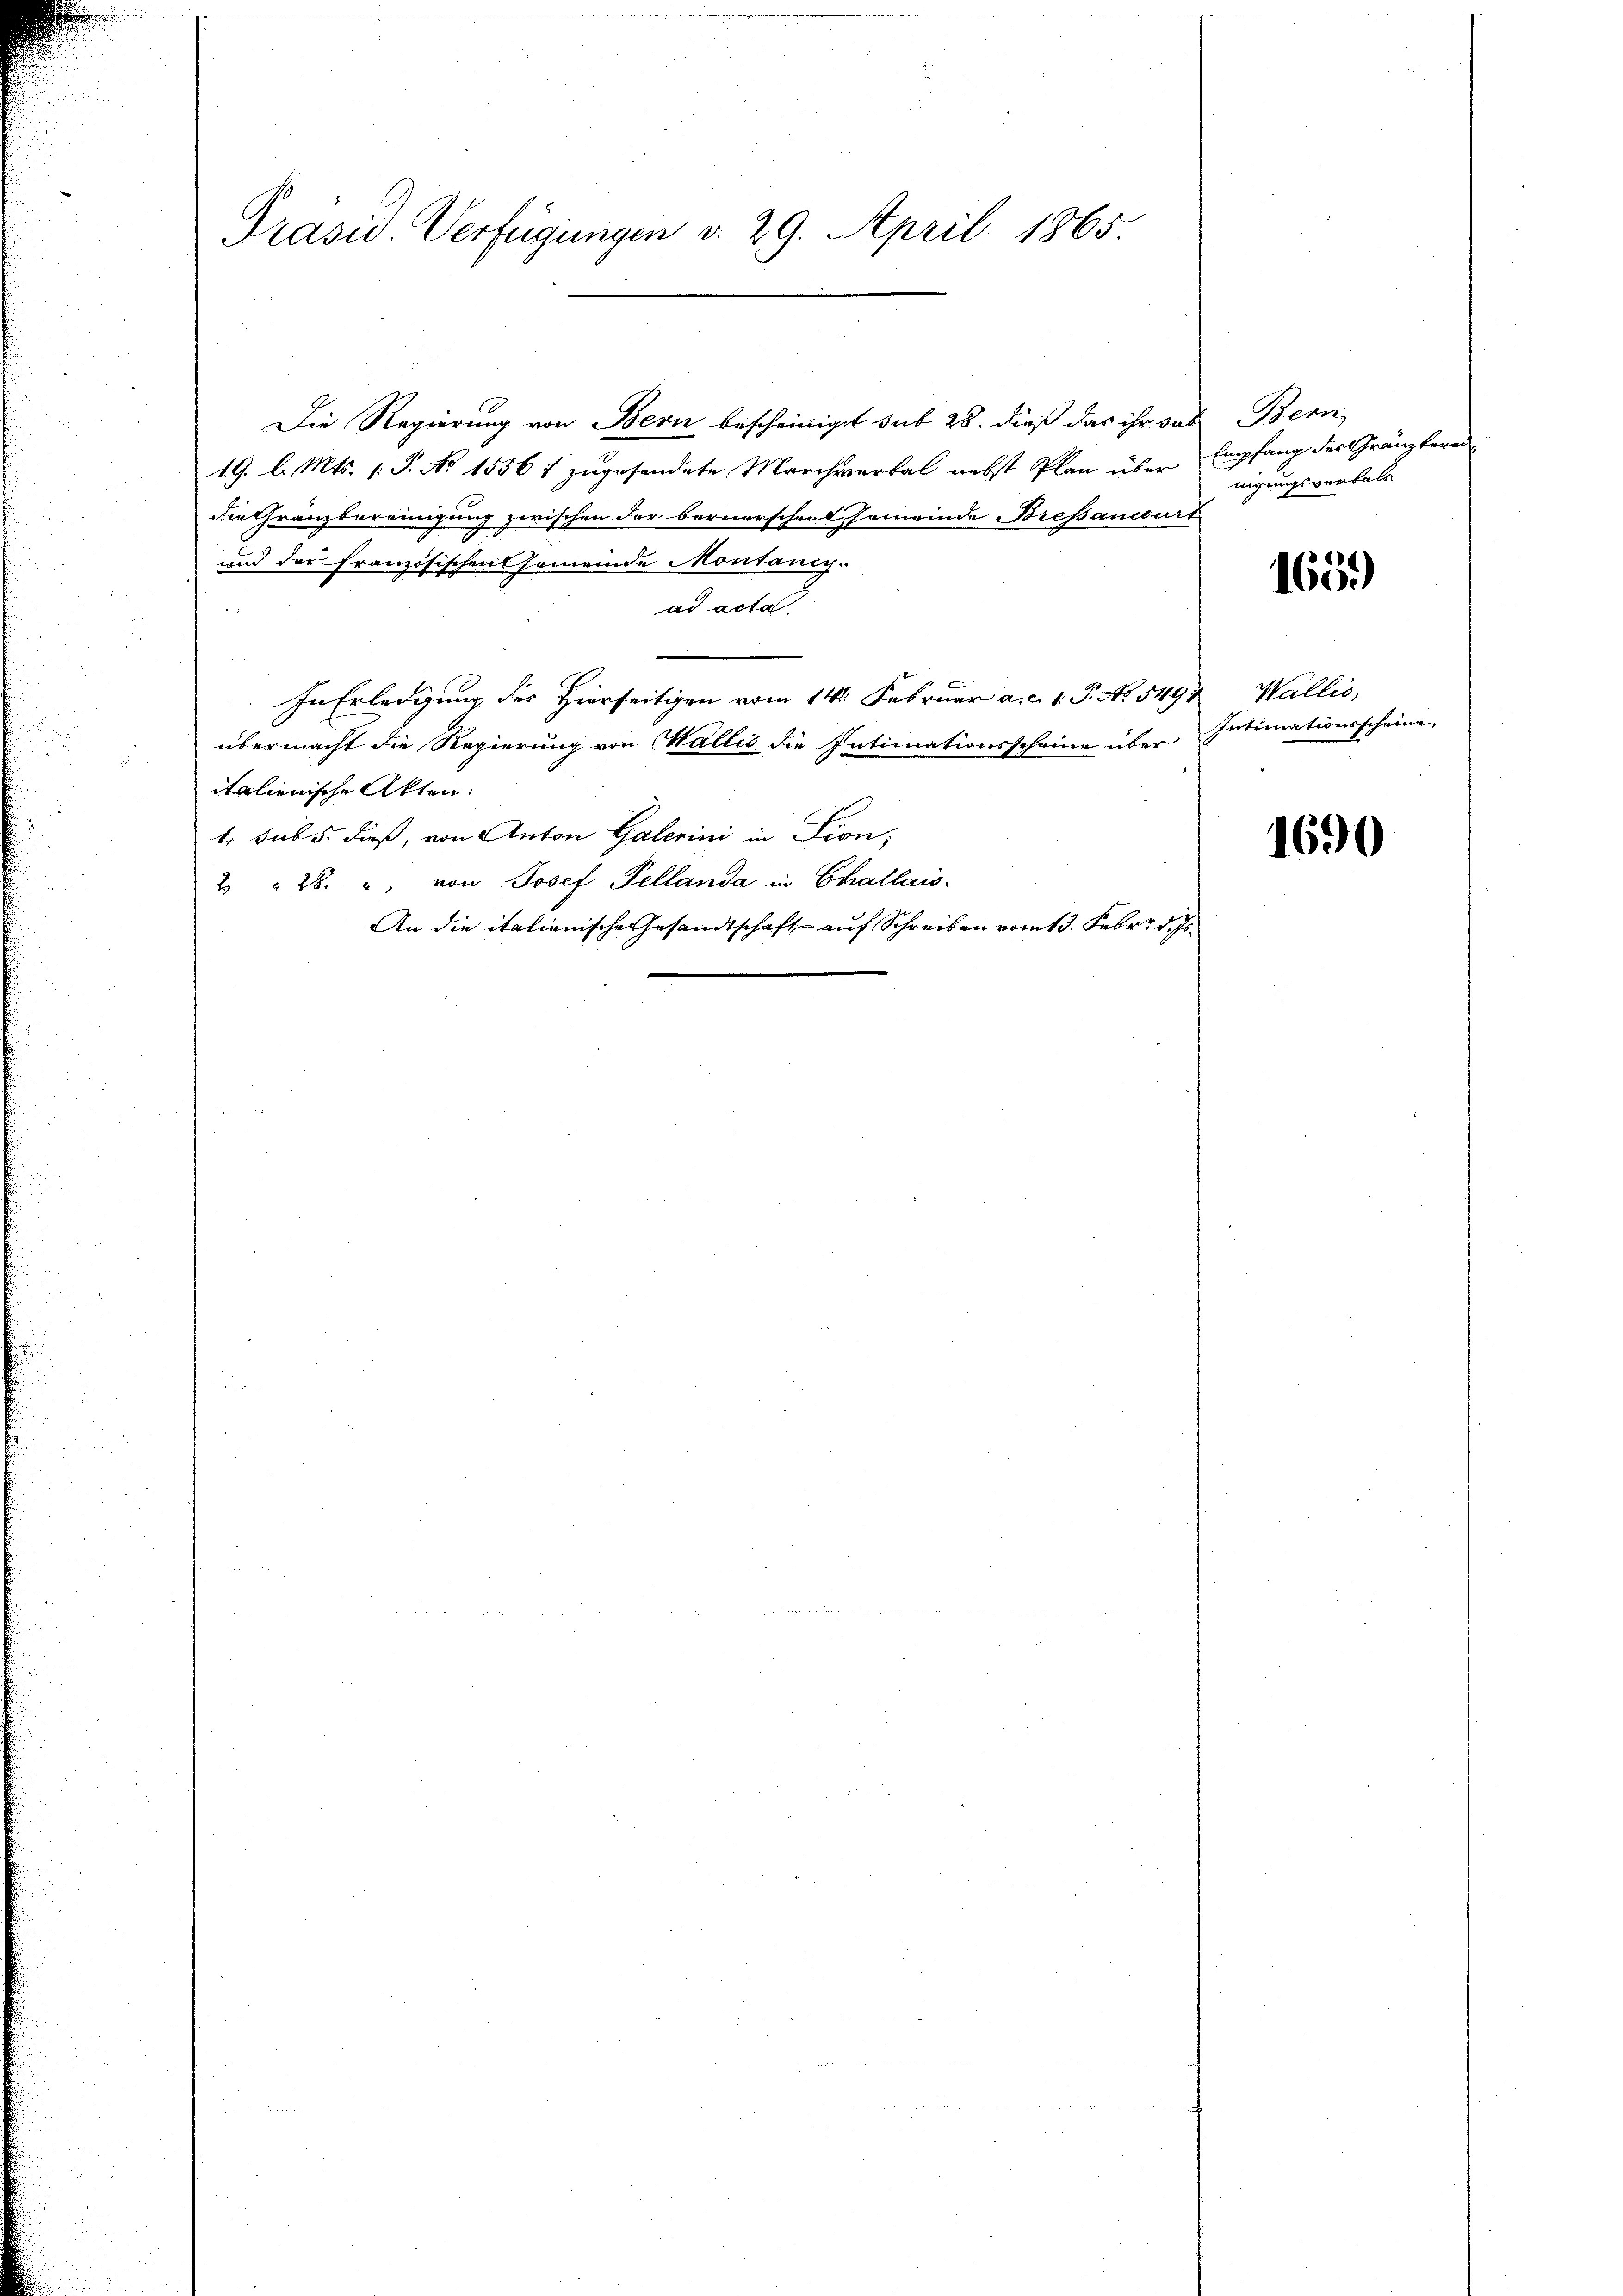
Präsid. Verfügungen v. 29. April 1865.

Die Regierung von Bern bescheinigt sub 28. dieß das ihr das Bern,
19. l. Mts. 1. P. No 1556 1 zugesendete Marchverbal nebst Plan über Empfang des Gränzbereidie Gränzbereinigung zwischen der bernerschen Gemeinde Bresandurt
und der französischen Gemeinde Montaney.
ad acta
übermacht die Regierung von Wallis die Intimationsscheine über Intimationsscheine
italienische Akten:
t. sub 5. dieß, von Anton Galerini in Lion,
2 " 28. " von Josef Pellanda in Challais.
An die italienische Gesandtschaft auf Schreiben vom 13. Febr. d. Js.

In Erledigung des Hierseitigen vom 14. Februar a. c. 1. P. No. 549

nigungsverbals

165.)

Wallis,

1690